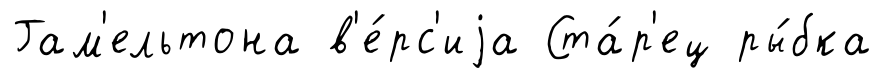
Гам'ельтона в'е́рс'иjа Ста́р'ец ры́бка